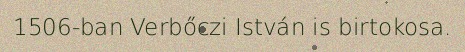
1506-ban Verbőczi István is birtokosa.